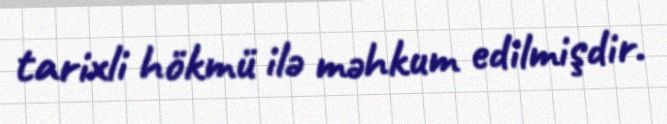
tarixli hökmü ilə məhkum edilmişdir.